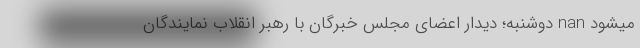
میشود nan دوشنبه؛ دیدار اعضای مجلس خبرگان با رهبر انقلاب نمایندگان